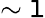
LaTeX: \sim\mathtt{l}